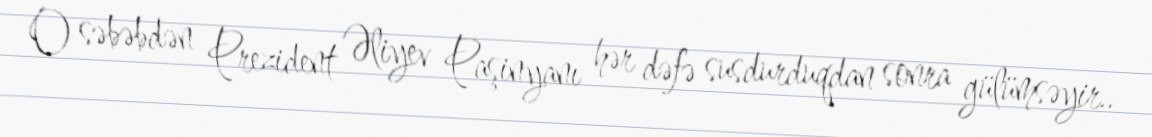
O səbəbdən Prezident Əliyev Paşinyanı hər dəfə susdurduqdan sonra gülümsəyir..